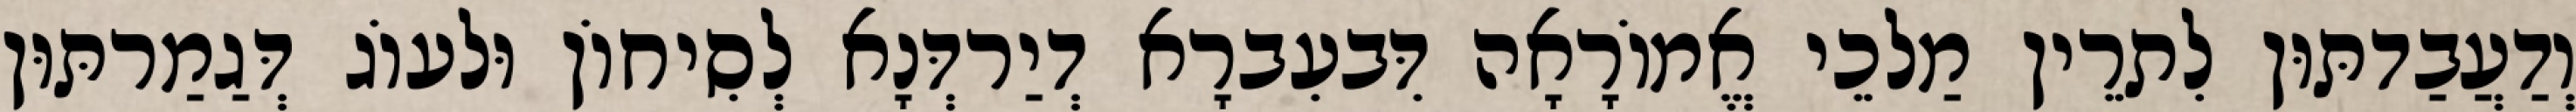
וְדַעֲבַדתּוּן לִתרֵין מַלכֵי אֱמוֹרָאָה דִּבעִברָא דְיַרדְּנָא לְסִיחוֹן וּלעוֹג דְּגַמַרתּוּן